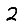
Digit: 2